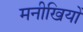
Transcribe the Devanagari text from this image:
मनीखियों